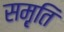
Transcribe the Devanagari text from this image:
सम़ृति